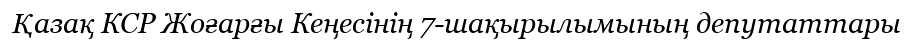
Қазақ КСР Жоғарғы Кеңесінің 7-шақырылымының депутаттары